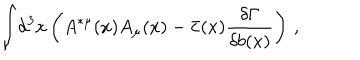
LaTeX: \displaystyle { \int } d ^ { 3 } x \left( A ^ { * \mu } ( x ) A _ { \mu } ( x ) - \bar { c } ( x ) { \displaystyle { \frac { \delta \Gamma } { \delta b ( x ) } } } \right) \, ,